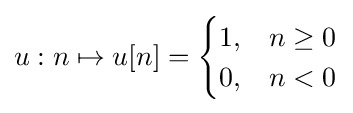
u:n\mapsto u[n]={\begin{cases}1,&n\geq 0\\0,&n<0\end{cases}}